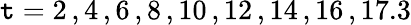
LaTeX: \mathtt{t}=2\, ,4\, ,6\, ,8\, ,10\, ,12\, ,14\, ,16\, ,17.3